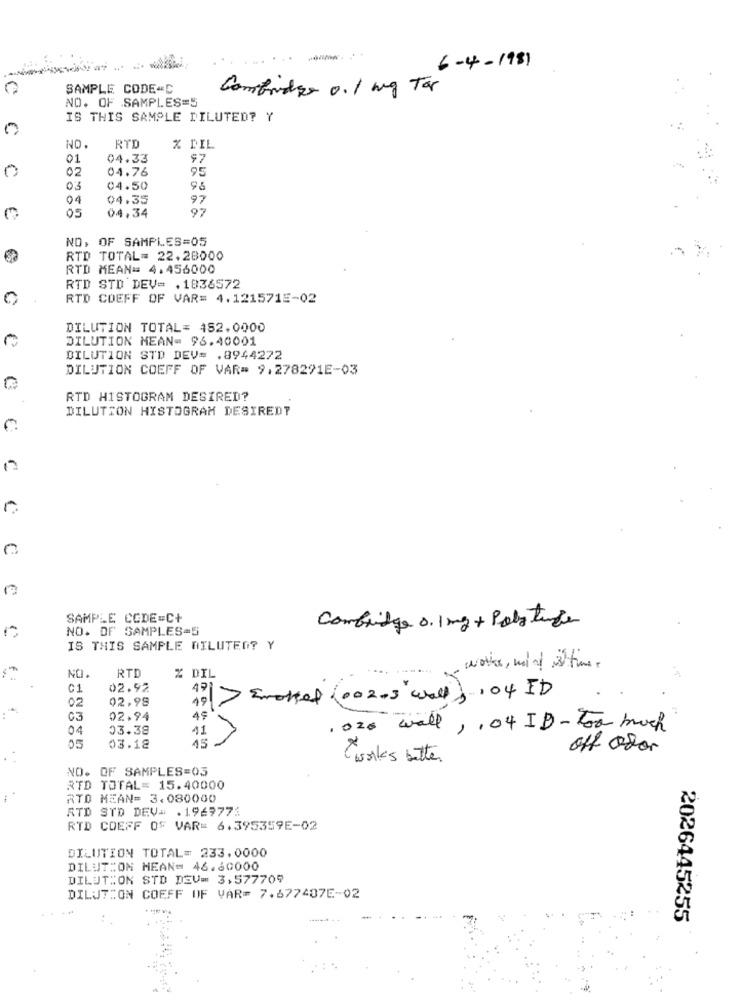
6-4- 1981
SAMPLE CODE=C
Comprider 0.1 mg Tor
NO. OF SAMPLES=5
IS THIS SAMPLE DILUTED? Y
NO.
RTD
K PIL
01
04.33
97
02
04.76
95
03
04.50
95
04
04.35
97
05
04.34
97
NO, OF SAMPLES=05
RTD TOTAL= 22.28000
RTD MEAN= 4.456000
RTD STD DEV= . 1836572
RTD COEFF OF VAR= 4.121571E-02
DILUTION TOTAL= 482.0000
DILUTION MEAN= 96.40001
DILUTION STD DEV= . 8944272
DILUTION COEFF OF VAR= 9.278291E-03
RTD HISTOGRAM DESIRED?
DILUTION HISTOGRAM DESIREDT
SAMPLE CODE=C+
Cambridge 0,1mg +Pobytude
NO. OF SAMPLES=5
IS THIS SAMPLE DILUTED? Y
RTD
worker , mint istimer
% DIL
C1
02.92
49
02.98
19
(602-3 wall) 104 FD
02
03
02.94
49
04
03.38
41
1 020 wall, , 04 IB - Too much
05
03.18
off oder
- works better
NO. OF SAMPLES=05
RTD TOTAL= 15.40000
ATD MEAN= 3.080000
RTD STD DEV= . 1969773
RTD COEFF OF VAR= 6.395359E-02
DILUTION TOTAL= 233.0000
DILUTION MEAN= 46.60000
DILUTION STD DEV= 3,577709
DILUTION COEFF OF VAR= 7.677407E-02
2026445255